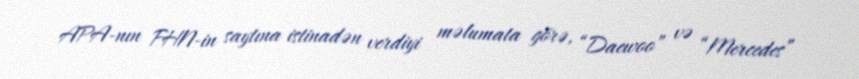
APA-nın FHN-in saytına istinadən verdiyi məlumata görə, “Daewoo” və “Mercedes”